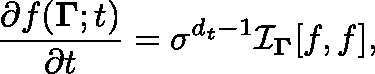
\frac { \partial f ( { \mathbf { \Gamma } } ; t ) } { \partial t } = \sigma ^ { { d _ { t } } - 1 } \mathcal { I } _ { \mathbf { \Gamma } } [ f , f ] ,